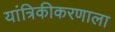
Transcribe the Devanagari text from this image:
यांत्रिकीकरणाला